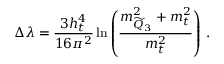
\Delta \lambda = \frac { 3 h _ { t } ^ { 4 } } { 1 6 \pi ^ { 2 } } \ln \left( \frac { m _ { \widetilde Q _ { 3 } } ^ { 2 } + m _ { t } ^ { 2 } } { m _ { t } ^ { 2 } } \right) \, .